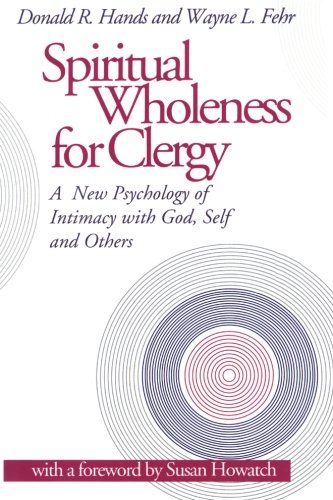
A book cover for Spiritual Wholeness for Clergy: A New Psychology of Intimacy With God, Self and Others; Donald R. Hands; Christian Books & Bibles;